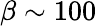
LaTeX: \beta\sim 100